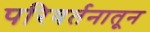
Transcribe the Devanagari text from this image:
परिवर्तनातून